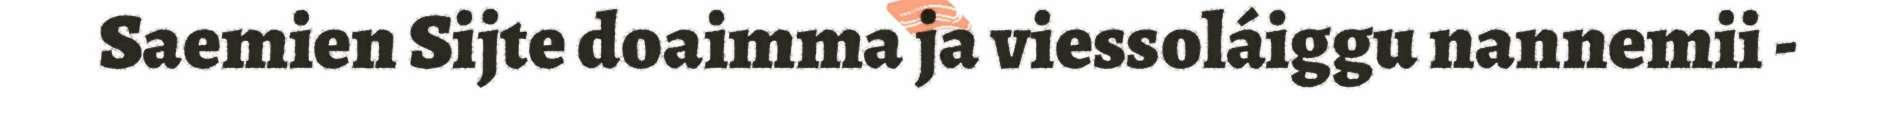
Saemien Sijte doaimma ja viessoláiggu nannemii -